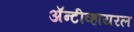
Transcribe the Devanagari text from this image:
अॅन्टीव्हायरल